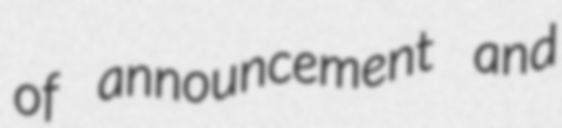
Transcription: of announcement and